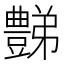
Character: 豑